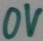
Text: 0V